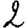
Digit: 2